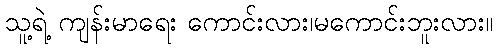
သူ့ရဲ့ ကျန်းမာရေး ကောင်းလား၊မကောင်းဘူးလား။